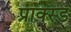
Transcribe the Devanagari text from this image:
प्राक्स्ड